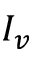
I _ { v }